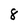
Character: 8